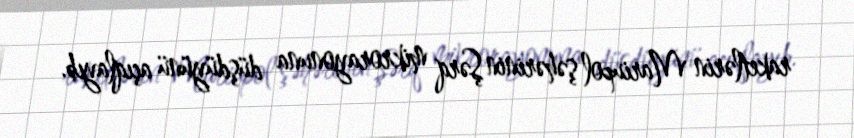
raketlərin Mariupol şəhərinin Şərq mikrorayonuna düşdüyünü açıqlayıb.